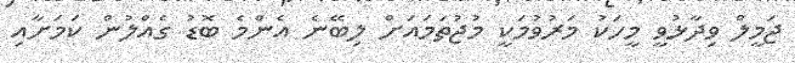
ޖަމީލް ވިދާޅުވީ މީހަކު މަރުވުމަކީ މުޖުތަމައަށް ލިބޭނެ އެންމެ ބޮޑު ގެއްލުން ކަމަށާއި